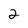
Character: 2